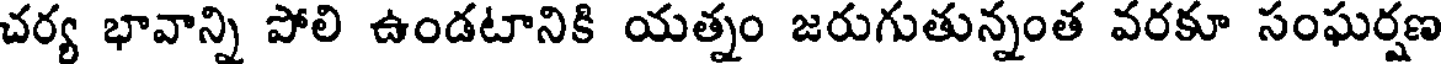
చర్య భావాన్ని పోలి ఉండటానికి యత్నం జరుగుతున్నంత వరకూ సంఘర్షణ